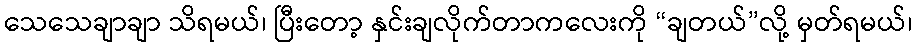
သေသေချာချာ သိရမယ်၊ ပြီးတော့ နှင်းချလိုက်တာကလေးကို “ချတယ်”လို့ မှတ်ရမယ်၊